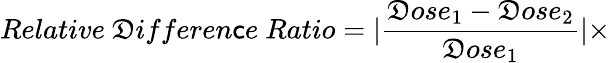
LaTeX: Relative\ \mathfrak{D}ifferen\mathsf{c}e\ Ratio=|\frac{{\mathfrak{D}ose_{1}-\mathfrak{D}ose_{2}}}{{\mathfrak{D}ose_{1}}}|\times